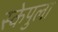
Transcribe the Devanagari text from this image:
स्केपुला